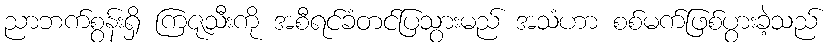
ညာဘက်စွန်းရှိ ကြဇုသီးကို အစီရင်ခံတင်ပြသွားမည် အသံဟာ စစ်မက်ဖြစ်ပွားခဲ့သည်